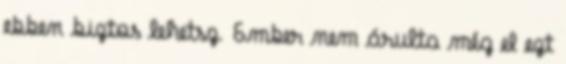
ebben biztos lehetsz. Ember nem árulta még el ezt